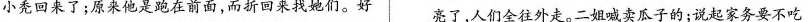
小秃回来了；原来他是跑在前面，而折回来找她们。好亮了，人们全往外走。二姐喊卖瓜子的；说起家务要不吃